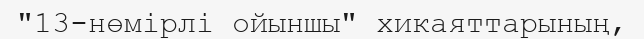
"13-нөмірлі ойыншы" хикаяттарының,